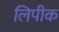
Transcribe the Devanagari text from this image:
लिपीक